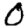
Digit: 0